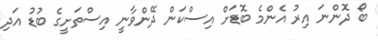
ބޯ ދޮންނަ އިރު އެންމެ ބޮޑަށް އިސްކަން ދޭންވާނީ އިސްތަށީގެ ބުޑު އަދި